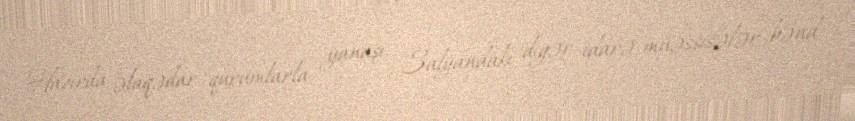
Hazırda əlaqədar qurumlarla yanaşı, Salyandakı digər idarə-müəssisələr bənd